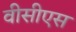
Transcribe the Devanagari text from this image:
वीसीएस